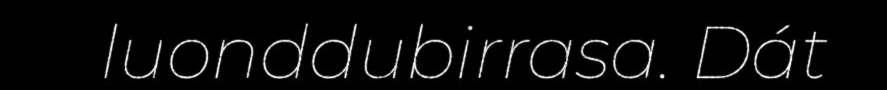
luonddubirrasa. Dát